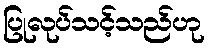
ပြုလုပ်သင့်သည်ဟု